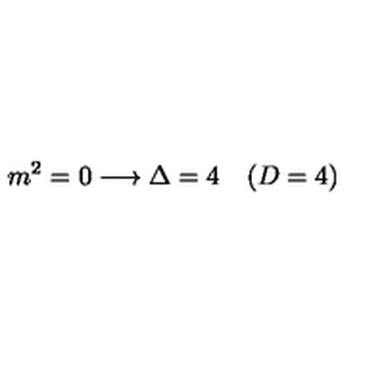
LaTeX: m ^ { 2 } = 0 \longrightarrow \Delta = 4 \quad ( D = 4 )